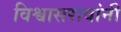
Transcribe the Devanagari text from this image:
विश्वासरावांनी